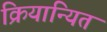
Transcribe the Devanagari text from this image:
क्रियान्यित